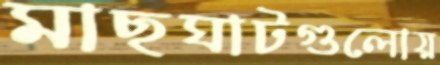
মাছঘাটগুলোয়